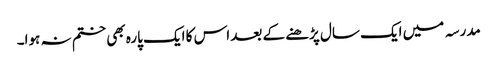
مدرسہ میں ایک سال پڑھنے کے بعد اس کا ایک پارہ بھی ختم نہ ہوا۔